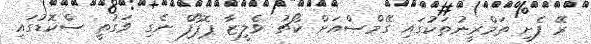
ރޭ ފެށި ތަމްރީނުތަކުގައި ގޭމްސްއަށް ކޯޗު ވެލީޒާ ޕޮޕޯފް ނެގި ވަގުތީ ސްކޮޑުގައި